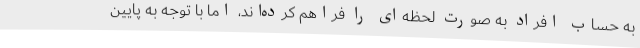
به حساب افراد به صورت لحظه‌ای را فراهم کرده‌اند، اما با توجه به پایین